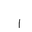
Letter: _alif